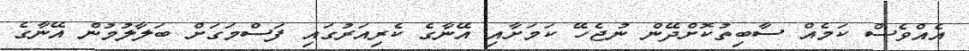
އެއްވެސް ކަމެއް ސާބިތުކޮށްދޭން ނުޖެހޭ ކަމަށާއި އޭނާގެ ކެރިއަރުގައި ފަސްމަގަށް ބަލާލުމުން އޭނާގެ